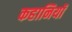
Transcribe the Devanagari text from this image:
कहानियॉं